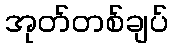
အုတ်တစ်ချပ်